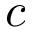
c